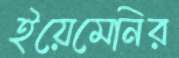
ইয়েমেনির